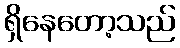
ရှိနေတော့သည်